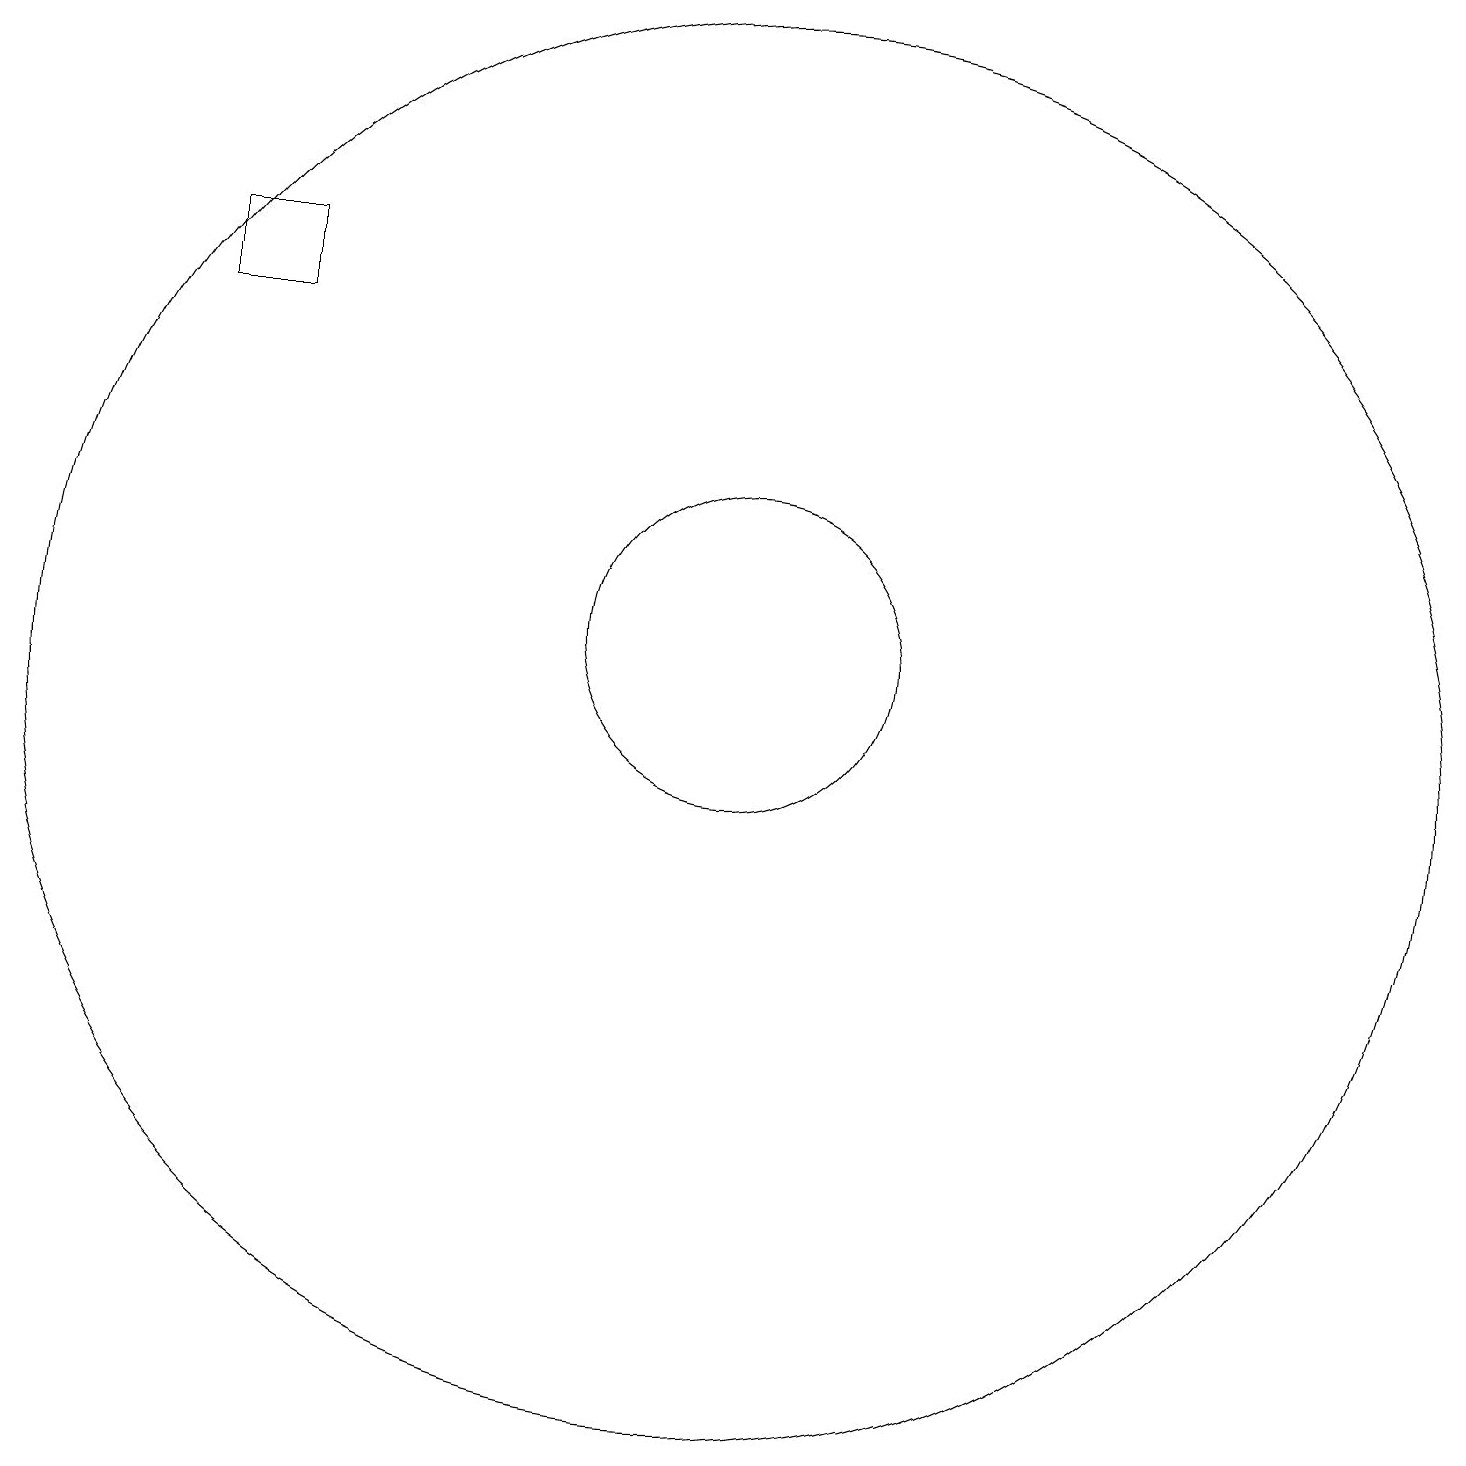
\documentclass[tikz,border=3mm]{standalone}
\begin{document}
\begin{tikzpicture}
\draw (5,15) rectangle (4,16);
\draw (11,10) circle (9);
\draw (11,11) circle (2);
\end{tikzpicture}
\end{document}